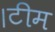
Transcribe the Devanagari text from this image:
।टीम